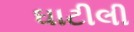
ઘાટીલી